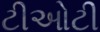
ટીઓટી